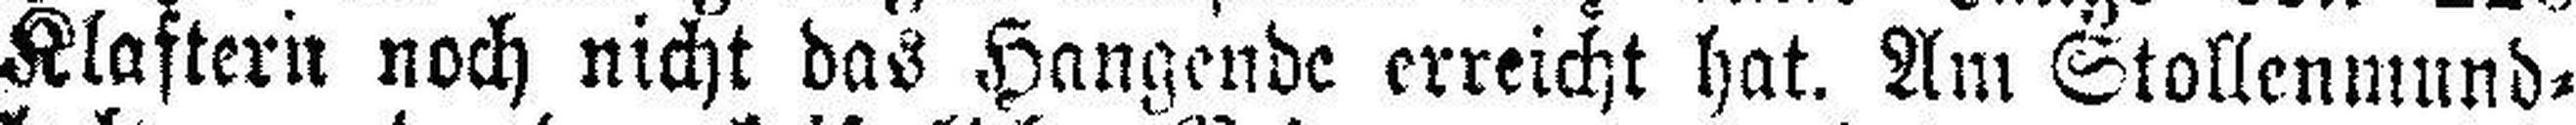
Klaftern noch nicht das Hangende erreicht hat. Am Stollenmund¬